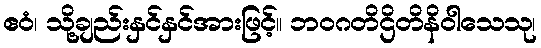
ဧဝံ၊ သို့ချည်းနှင်နှင်အားဖြင့်။ ဘဝဂတိဌိတိနိဝါသေသု၊